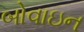
બોવાઇન